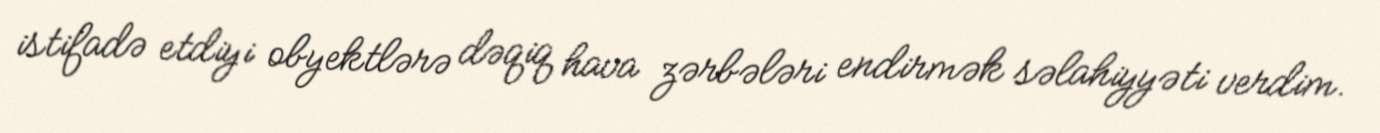
istifadə etdiyi obyektlərə dəqiq hava zərbələri endirmək səlahiyyəti verdim.